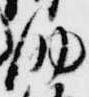
助